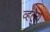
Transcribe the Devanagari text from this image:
व्हलेय